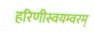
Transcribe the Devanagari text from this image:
हरिणीस्वयम्वरम्